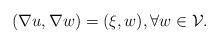
LaTeX: \begin{align*} (\nabla u,\nabla w)=(\xi,w),\forall w\in \mathcal{V.}\end{align*}